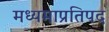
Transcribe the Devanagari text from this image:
मध्यमाप्रतिपद